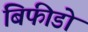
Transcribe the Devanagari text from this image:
बिफीडो